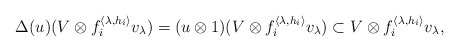
\begin{align*}\Delta(u)(V\otimes f_i^{\langle\lambda,h_i\rangle}v_\lambda)=(u\otimes1)(V\otimes f_i^{\langle\lambda,h_i\rangle}v_\lambda)\subset V\otimes f_i^{\langle\lambda,h_i\rangle}v_\lambda,\end{align*}